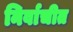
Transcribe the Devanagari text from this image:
निर्वाचीत